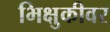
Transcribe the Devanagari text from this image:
भिक्षुकीवर